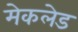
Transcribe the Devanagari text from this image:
मेकलेड